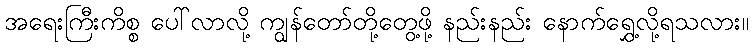
အရေးကြီးကိစ္စ ပေါ်လာလို့ ကျွန်တော်တို့တွေ့ဖို့ နည်းနည်း နောက်ရွှေ့လို့ရသလား။